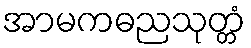
အာမကဓညသုတ္တံ